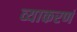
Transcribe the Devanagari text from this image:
व्याकरणं